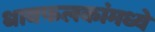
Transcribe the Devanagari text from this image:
धावफलकांमध्ये